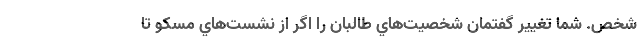
شخص. شما تغيير گفتمان شخصيت‌هاي طالبان را اگر از نشست‌هاي مسكو تا